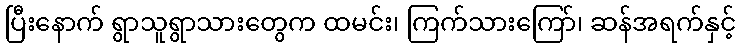
ပြီးနောက် ရွာသူရွာသားတွေက ထမင်း၊ ကြက်သားကြော်၊ ဆန်အရက်နှင့်